Madras plague regulations in force outside the Presidency town - Volume 6
Disease focus: Plague
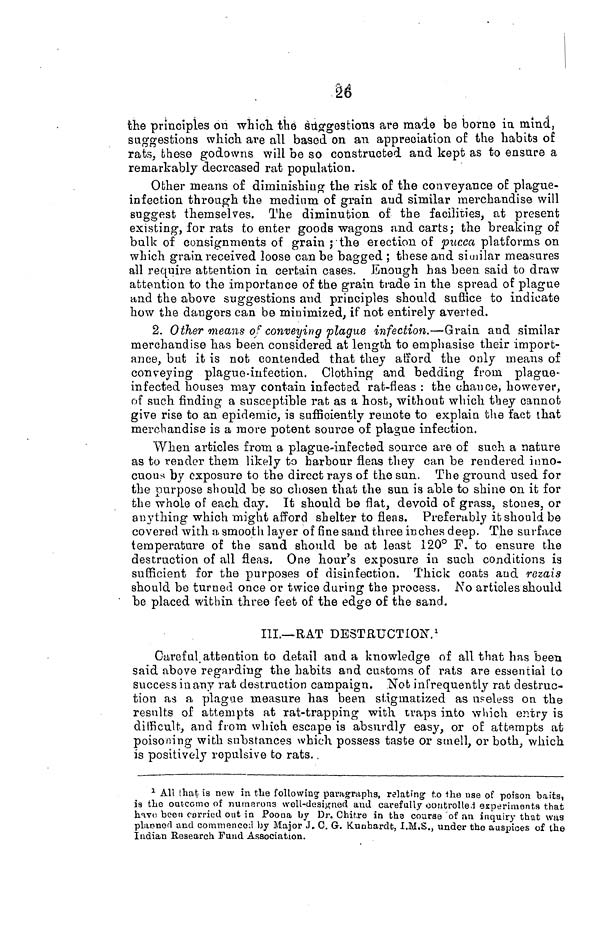
26
the principles on which the suggestions are made be borne in. mind,
suggestions which are all based on an appreciation of the habits of
rats, these godowrns will be so constructed and kept as to ensure a
remarkably decreased rat population.
Other means of diminishing the risk of the conveyance of plague-
infection through the medium of grain and similar merchandise will
suggest themselves. The diminution of the facilities, at present
existing, for rats to enter goods wagons and carts; the breaking of
bulk of consignments of grain ; the election of pucca platforms on
which grain received loose can be bagged ; these and similar measures
all require attention in certain cases. Enough has been said to draw
attention to the importance of the grain trade in the spread of plague
and the above suggestions and principles should sufiice to indicate
how the dangers can be minimized, if not entirely averted.
2. Other means of conveying plague infection.—Grain and similar
merchandise has been considered at length to emphasise their import-
ance, but it is not contended that they afford the only means of
conveying plague-infection. Clothing and bedding from, plague-
infected house may contain infectad rat-fleas: the chance, however,
of such finding a susceptible rat as a host, without which they cannot
give rise to an epidemic, is sufficiently remote to explain the fact that
merchandise is a more potent source of plague infection.
When articles from a plague-infected source are of such a nature
as to reader them likely to harbour fleas they can be rendered inno-
cuous by exposure to the direct rays of the sun. The ground used for
the purpose should be so chosen that the sun is able to shine on it for
the whole of each day. It should be flat, devoid of grass, stones, or
anything which might afford shelter to fleas. Preferably it should be
covered with a smooth layer of fine sand three inches deep. The surface
temperature of the sand should be at least 120° F. to ensure the
destruction of all fleas. One hour's exposure in such conditions is
sufficient for the purposes of disinfection. Thick coats aud rezais
should be turned once or twice during the process. No articles should
be placed within three feet of the edge of the sand.
III.—BAT DESTRUCTION. 1
Careful attention to detail and a knowledge of all that has been
said above regarding the habits and customs of rats are essential to
success in any rat destruction campaign. Not infrequently rat destruc-
tion as a plague measure has been stigmatized as useless on the
results of attempts at rat-trapping with traps into which entry is
difficult, and from which escape is absurdly easy, or of attempts at
poisoning with substances which possess taste or smell, or both, which
is positively repulsive to rats.
1 All that is new in the following paragraphs, relating to the vise of poison baits,
is tlie oatcomo of nurerous well-designed and carefully controlled experiments that
have been carried out in Poona by Dr. Chitre in ths course 'of «in inquiry that was
planned and commenced by Major J. C. G. Kunhardt, I.M.S., under the auspices of the
Indian Research Fund Association.